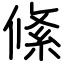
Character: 絛